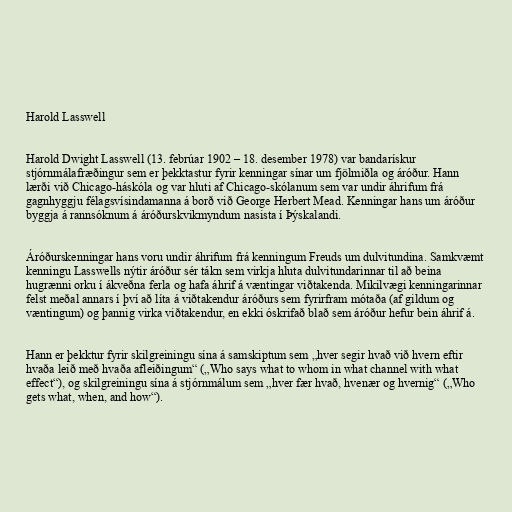
Harold Lasswell

Harold Dwight Lasswell (13. febrúar 1902 – 18. desember 1978) var bandarískur
stjórnmálafræðingur sem er þekktastur fyrir kenningar sínar um fjölmiðla og áróður. Hann
lærði við Chicago-háskóla og var hluti af Chicago-skólanum sem var undir áhrifum frá
gagnhyggju félagsvísindamanna á borð við George Herbert Mead. Kenningar hans um áróður
byggja á rannsóknum á áróðurskvikmyndum nasista í Þýskalandi.

Áróðurskenningar hans voru undir áhrifum frá kenningum Freuds um dulvitundina. Samkvæmt
kenningu Lasswells nýtir áróður sér tákn sem virkja hluta dulvitundarinnar til að beina
hugrænni orku í ákveðna ferla og hafa áhrif á væntingar viðtakenda. Mikilvægi kenningarinnar
felst meðal annars í því að líta á viðtakendur áróðurs sem fyrirfram mótaða (af gildum og
væntingum) og þannig virka viðtakendur, en ekki óskrifað blað sem áróður hefur bein áhrif á.

Hann er þekktur fyrir skilgreiningu sína á samskiptum sem „hver segir hvað við hvern eftir
hvaða leið með hvaða afleiðingum“ („Who says what to whom in what channel with what
effect“), og skilgreiningu sína á stjórnmálum sem „hver fær hvað, hvenær og hvernig“ („Who
gets what, when, and how“).